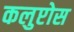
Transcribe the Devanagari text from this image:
कलुप्टोस